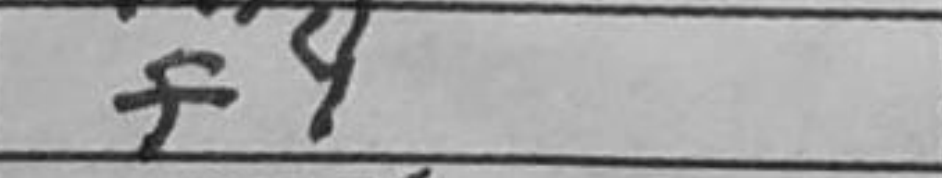
Transcription: f4